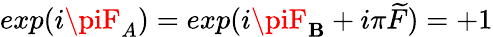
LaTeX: exp(i\piF_{A})=exp(i\piF_{\mathbf{B}}+i\pi\widetilde{{F}})=+1